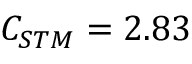
C _ { S T M } = 2 . 8 3